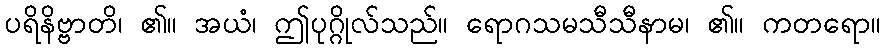
ပရိနိဗ္ဗာတိ၊ ၏။ အယံ၊ ဤပုဂ္ဂိုလ်သည်။ ရောဂသမသီသီနာမ၊ ၏။ ကတရော။